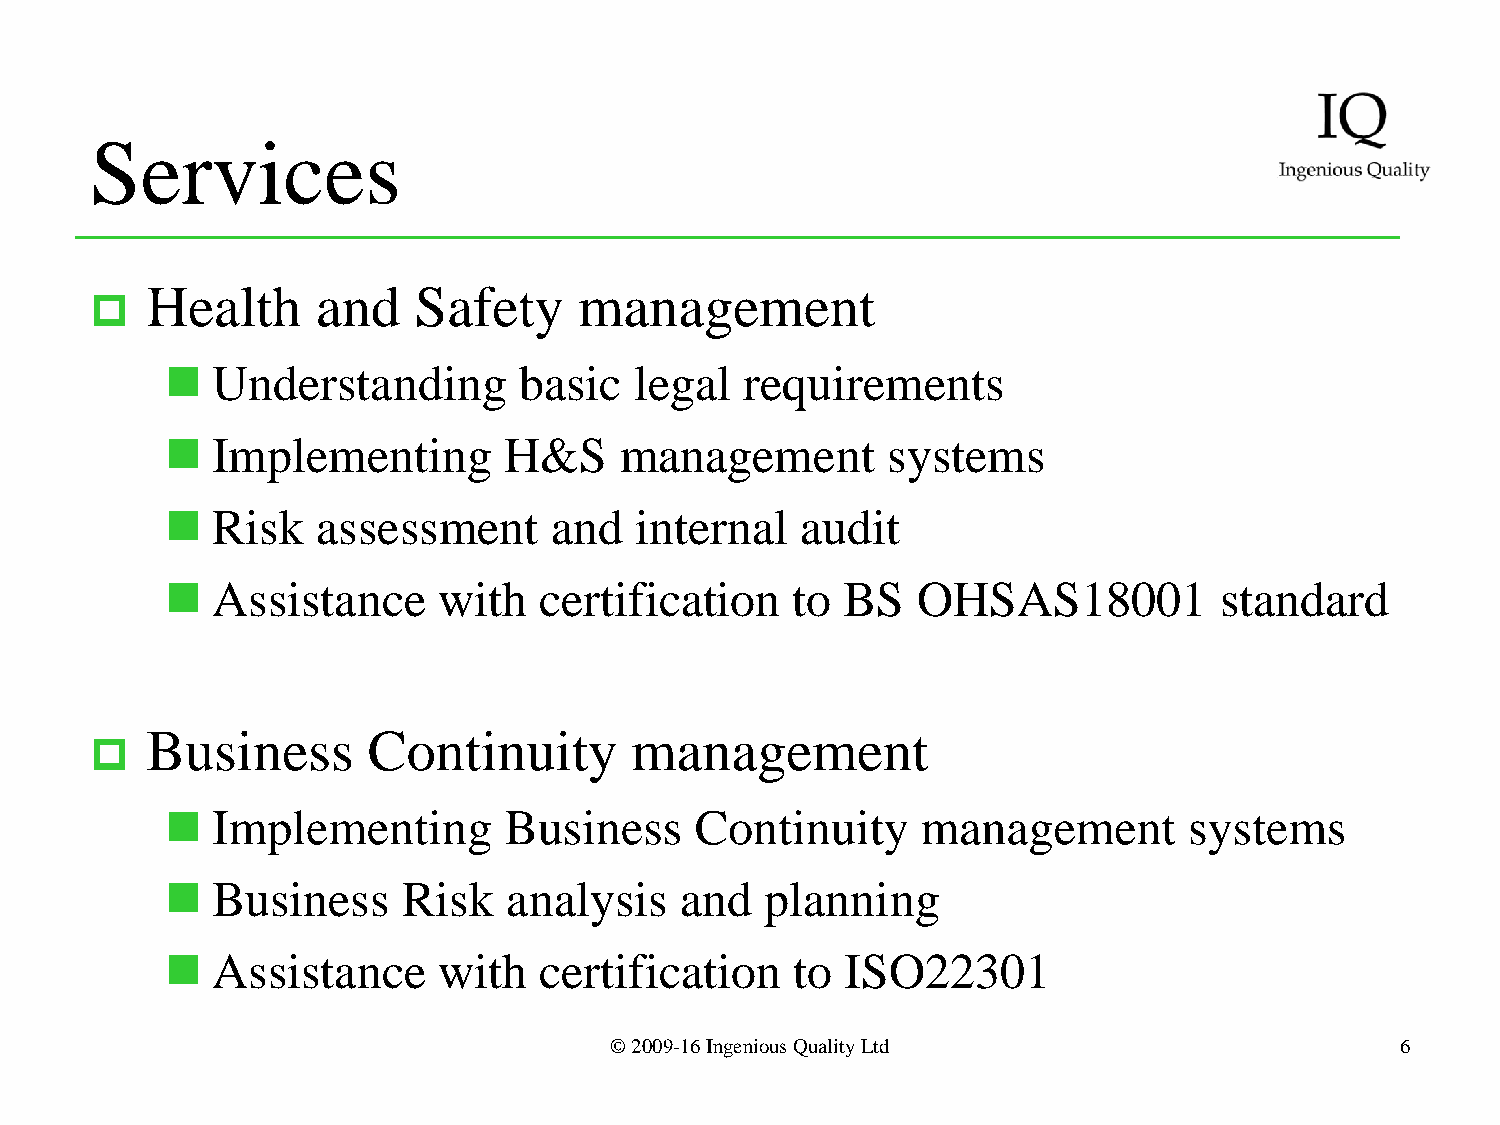
Services
 Health     and   Safety     management
 
   Understanding       basic   legal  requirements
   Implementing       H&S     management        systems
   Risk   assessment     and   internal   audit
   Assistance     with   certification   to  BS   OHSAS18001          standard
 Business      Continuity        management
 
   Implementing       Business     Continuity     management        systems
   Business     Risk   analysis   and   planning
   Assistance     with   certification   to  ISO22301
 © 2009-16 Ingenious Quality Ltd                      6